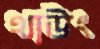
থাউং